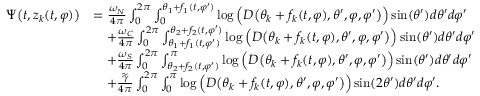
\begin{array} { r l } { \Psi \big ( t , z _ { k } ( t , \varphi ) \big ) } & { = \frac { \omega _ { N } } { 4 \pi } \int _ { 0 } ^ { 2 \pi } \int _ { 0 } ^ { \theta _ { 1 } + f _ { 1 } ( t , \varphi ^ { \prime } ) } \log \Big ( D \big ( \theta _ { k } + f _ { k } ( t , \varphi ) , \theta ^ { \prime } , \varphi , \varphi ^ { \prime } \big ) \Big ) \sin ( \theta ^ { \prime } ) d \theta ^ { \prime } d \varphi ^ { \prime } } \\ & { \quad + \frac { \omega _ { C } } { 4 \pi } \int _ { 0 } ^ { 2 \pi } \int _ { \theta _ { 1 } + f _ { 1 } ( t , \varphi ^ { \prime } ) } ^ { \theta _ { 2 } + f _ { 2 } ( t , \varphi ^ { \prime } ) } \log \Big ( D \big ( \theta _ { k } + f _ { k } ( t , \varphi ) , \theta ^ { \prime } , \varphi , \varphi ^ { \prime } \big ) \Big ) \sin ( \theta ^ { \prime } ) d \theta ^ { \prime } d \varphi ^ { \prime } } \\ & { \quad + \frac { \omega _ { S } } { 4 \pi } \int _ { 0 } ^ { 2 \pi } \int _ { \theta _ { 2 } + f _ { 2 } ( t , \varphi ^ { \prime } ) } ^ { \pi } \log \Big ( D \big ( \theta _ { k } + f _ { k } ( t , \varphi ) , \theta ^ { \prime } , \varphi , \varphi ^ { \prime } \big ) \Big ) \sin ( \theta ^ { \prime } ) d \theta ^ { \prime } d \varphi ^ { \prime } } \\ & { \quad + \frac { \widetilde { \gamma } } { 4 \pi } \int _ { 0 } ^ { 2 \pi } \int _ { 0 } ^ { \pi } \log \Big ( D \big ( \theta _ { k } + f _ { k } ( t , \varphi ) , \theta ^ { \prime } , \varphi , \varphi ^ { \prime } \big ) \Big ) \sin ( 2 \theta ^ { \prime } ) d \theta ^ { \prime } d \varphi ^ { \prime } . } \end{array}